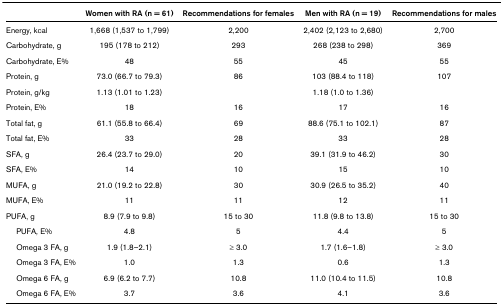
<table><thead><tr><td></td><td><b>Women with RA (n = 61)</b></td><td><b>Recommendations for females</b></td><td><b>Men with RA (n = 19)</b></td><td><b>Recommendations for males</b></td></tr></thead><tbody><tr><td>Energy, kcal</td><td>1,668 (1,537 to 1,799)</td><td>2,200</td><td>2,402 (2,123 to 2,680)</td><td>2,700</td></tr><tr><td>Carbohydrate, g</td><td>195 (178 to 212)</td><td>293</td><td>268 (238 to 298)</td><td>369</td></tr><tr><td>Carbohydrate, E%</td><td>48</td><td>55</td><td>45</td><td>55</td></tr><tr><td>Protein, g</td><td>73.0 (66.7 to 79.3)</td><td>86</td><td>103 (88.4 to 118)</td><td>107</td></tr><tr><td>Protein, g/kg</td><td>1.13 (1.01 to 1.23)</td><td></td><td>1.18 (1.0 to 1.36)</td><td></td></tr><tr><td>Protein, E%</td><td>18</td><td>16</td><td>17</td><td>16</td></tr><tr><td>Total fat, g</td><td>61.1 (55.8 to 66.4)</td><td>69</td><td>88.6 (75.1 to 102.1)</td><td>87</td></tr><tr><td>Total fat, E%</td><td>33</td><td>28</td><td>33</td><td>28</td></tr><tr><td>SFA, g</td><td>26.4 (23.7 to 29.0)</td><td>20</td><td>39.1 (31.9 to 46.2)</td><td>30</td></tr><tr><td>SFA, E%</td><td>14</td><td>10</td><td>15</td><td>10</td></tr><tr><td>MUFA, g</td><td>21.0 (19.2 to 22.8)</td><td>30</td><td>30.9 (26.5 to 35.2)</td><td>40</td></tr><tr><td>MUFA, E%</td><td>11</td><td>11</td><td>12</td><td>11</td></tr><tr><td>PUFA, g</td><td>8.9 (7.9 to 9.8)</td><td>15 to 30</td><td>11.8 (9.8 to 13.8)</td><td>15 to 30</td></tr><tr><td> PUFA, E%</td><td>4.8</td><td>5</td><td>4.4</td><td>5</td></tr><tr><td> Omega 3 FA, g</td><td>1.9 (1.8–2.1)</td><td>≥ 3.0</td><td>1.7 (1.6–1.8)</td><td>≥ 3.0</td></tr><tr><td> Omega 3 FA, E%</td><td>1.0</td><td>1.3</td><td>0.6</td><td>1.3</td></tr><tr><td> Omega 6 FA, g</td><td>6.9 (6.2 to 7.7)</td><td>10.8</td><td>11.0 (10.4 to 11.5)</td><td>10.8</td></tr><tr><td> Omega 6 FA, E%</td><td>3.7</td><td>3.6</td><td>4.1</td><td>3.6</td></tr></tbody></table>